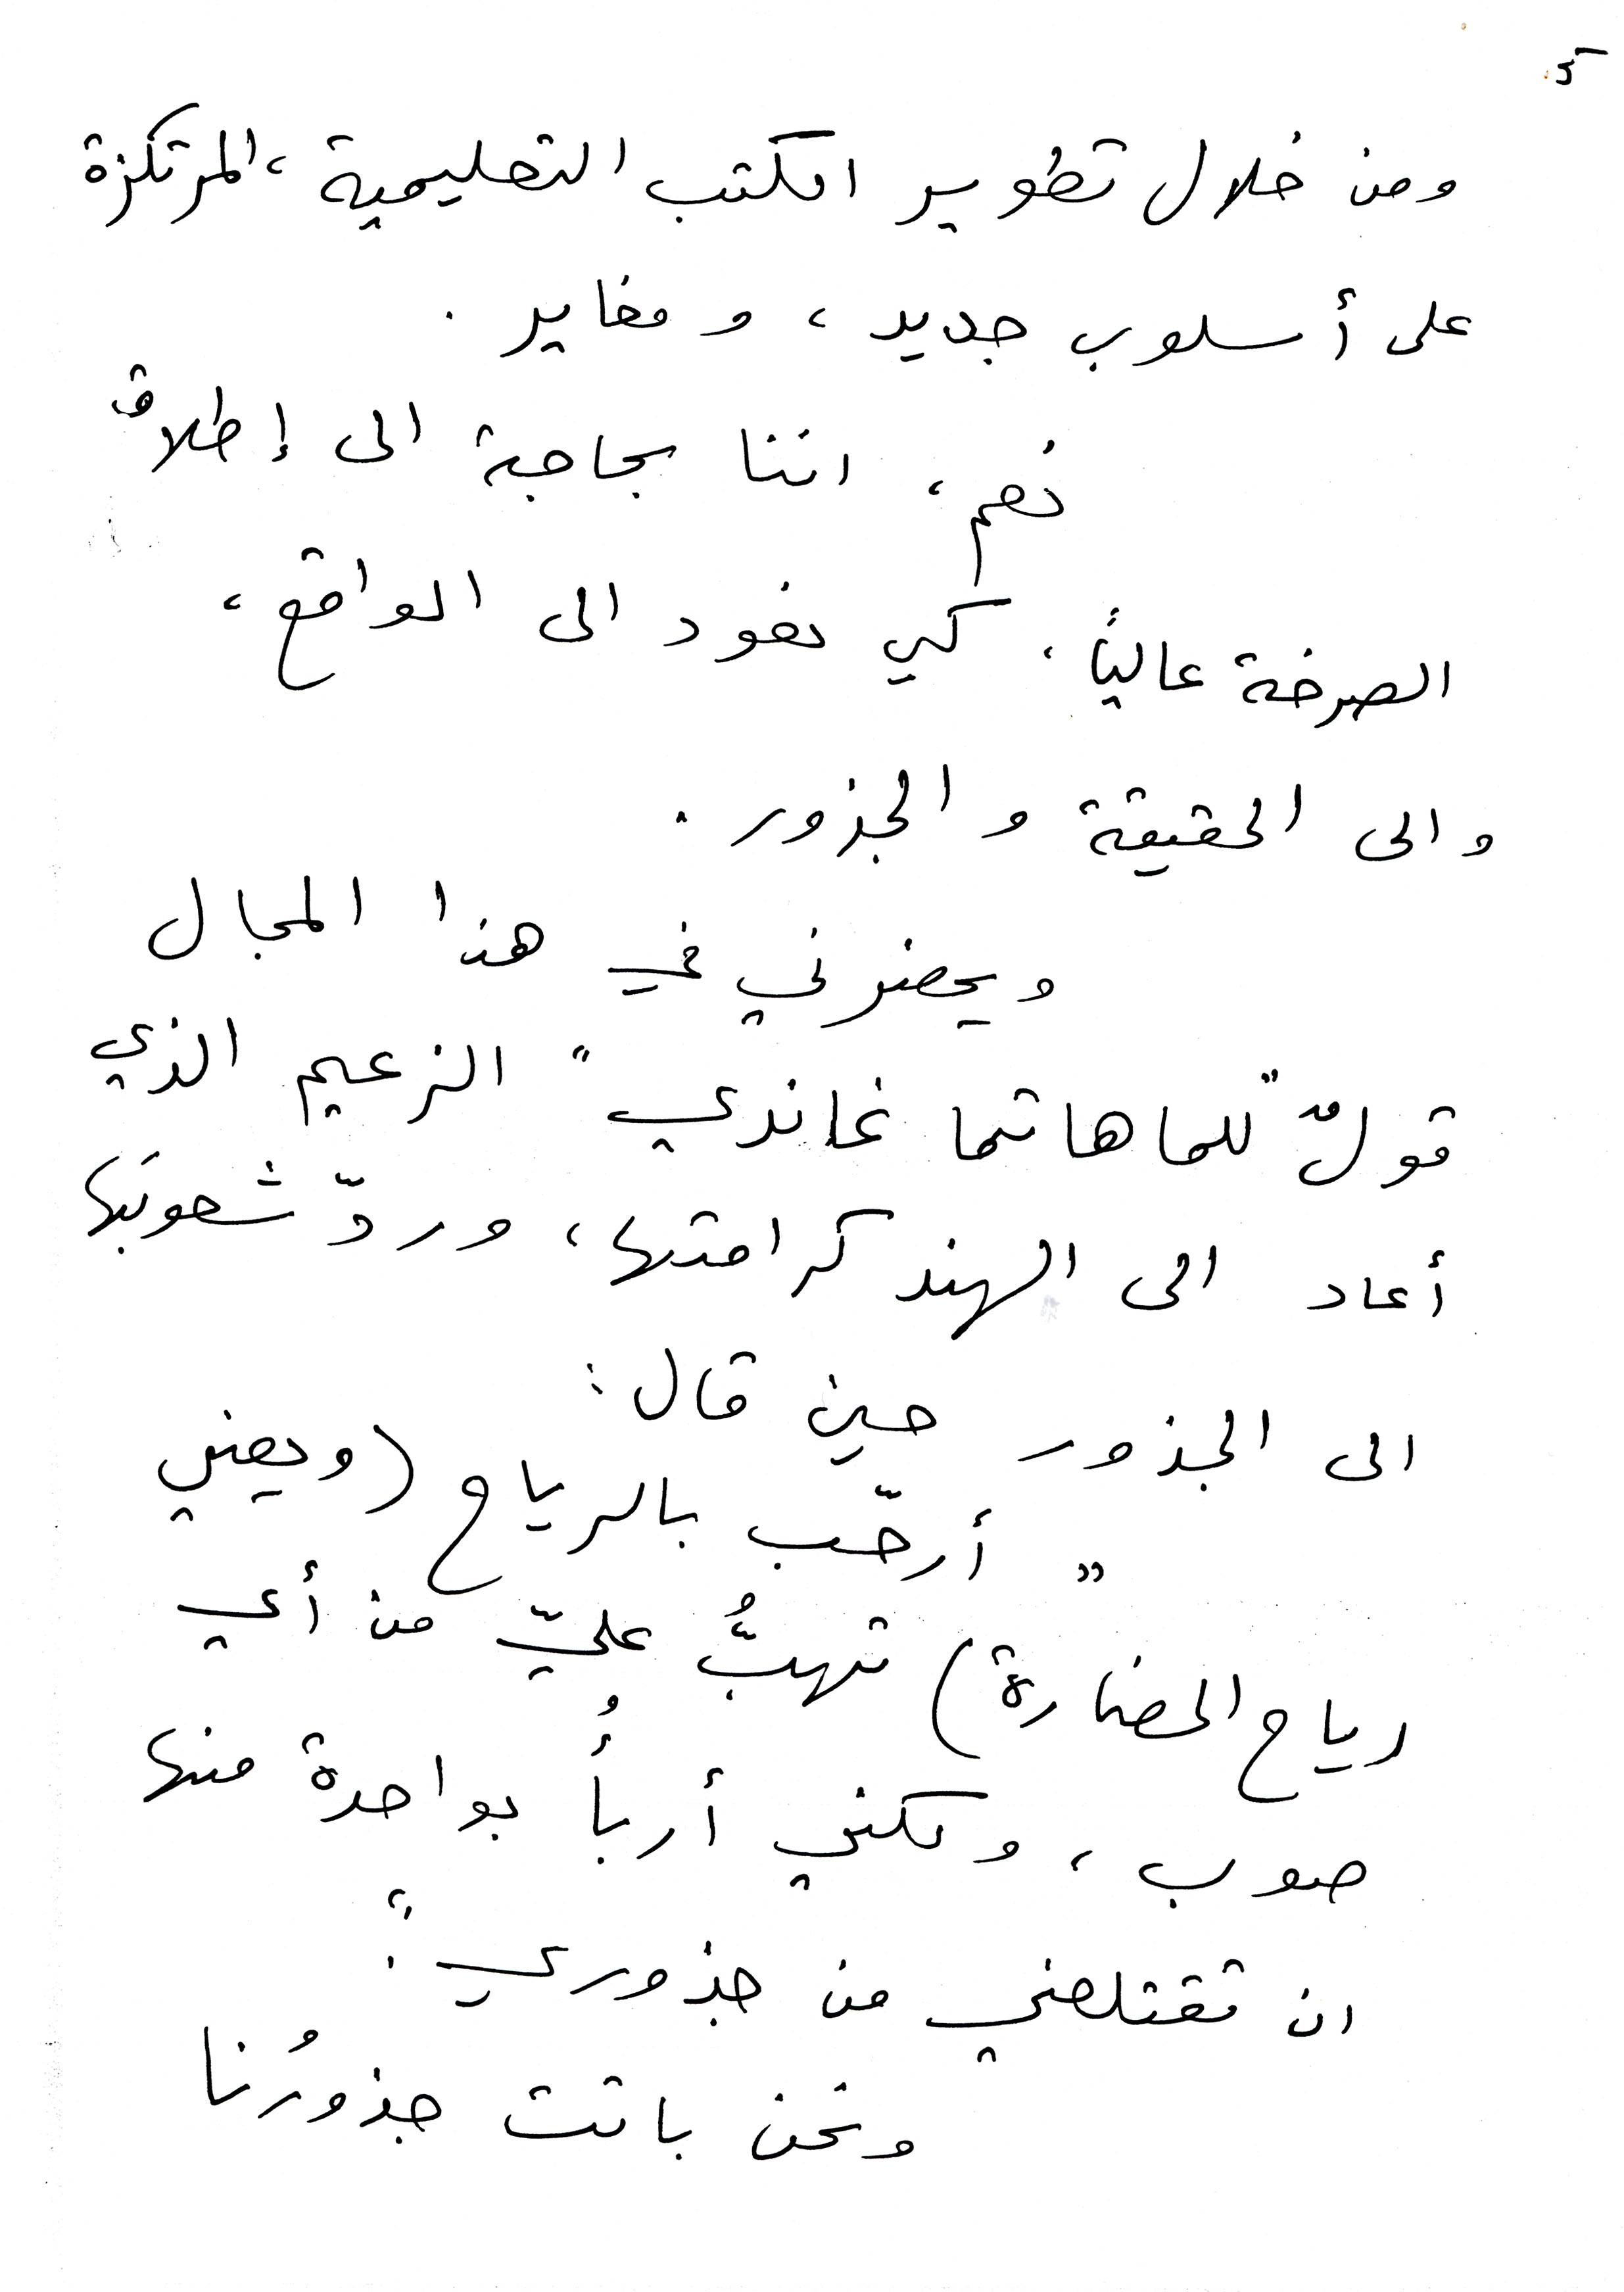
5
ومن خلال تطوير الكتب التعليمية ، المرتكزة
على أسلوب جديد، ومغاير.
نعم، اننا بحاجة الى إطلاق
الصرخة عالياً . كي نعود الى الواقع،
والى الحقيقة والجذور.
ويحضرني في هذا المجال
قولٌ " للماهاتما غاندي " الزعيم الذي
أعاد الى الهند كرامتها، وردّ شعوبَها
الى الجذور حين قال :
"أرحّب بالرياح (ويعني
رياح الحضارة) تهبُّ عليّ من أي
صوب ، ولكني أربأُ بواحدة منها
ان تقتلعني من جذوري."
ونحن باتت جذورُنا